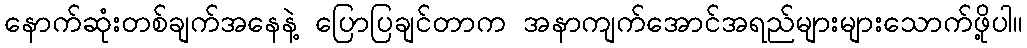
နောက်ဆုံးတစ်ချက်အနေနဲ့ ပြောပြချင်တာက အနာကျက်အောင်အရည်များများသောက်ဖို့ပါ။